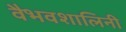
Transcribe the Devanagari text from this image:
वैभवशालिनी